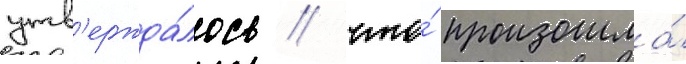
утв'ержда́лось / что́ произошла́